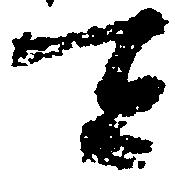
令